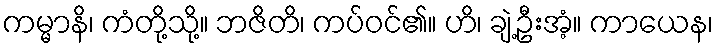
ကမ္မာနိ၊ ကံတို့သို့။ ဘဇိတိ၊ ကပ်ဝင်၏။ ဟိ၊ ချဲ့ဦးအံ့။ ကာယေန၊